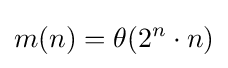
m(n)=\theta (2^{n}\cdot n)